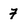
Character: 7